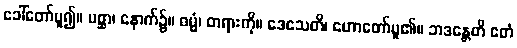
ခေါ်တော်မူ၍။ ပစ္ဆာ၊ နောက်၌။ ဓမ္မံ၊ တရားကို။ ဒေသေတိ၊ ဟောတော်မူ၏။ ဘဒန္တေတိ ဧတံ